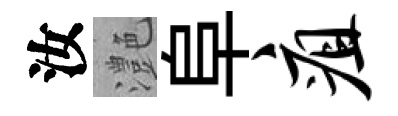
汝灔阜疽